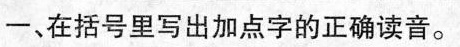
-、在括号里写出加点字的正确读音。